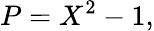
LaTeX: P=X^{2}-1,